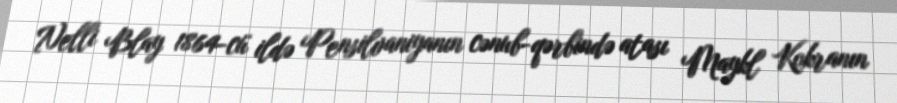
Nelli Blay 1864-cü ildə Pensilvaniyanın cənub-qərbində atası Maykl Kokranın